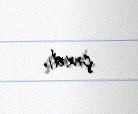
çıxdı.